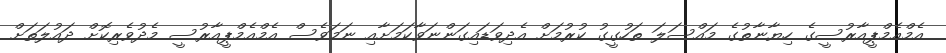
އެމްއެމްޕީއާރުސީގެ ހިޔާނާތުގެ މައްސަލަ ތަހުގީގު ކުރުމަށް އެދިވަޑައިގަންނަވާކަމަށާއި ނަމަވެސް އެމްއެމްޕީއާރުސީ މެދުވެރިކޮށް ދައުލަތަށް